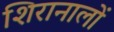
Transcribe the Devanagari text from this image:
शिरानालों